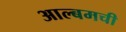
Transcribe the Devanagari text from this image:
आल्बमची